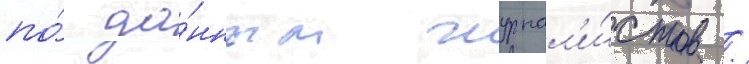
по́ да́нным журнал'и́стов /